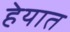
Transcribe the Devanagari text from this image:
हेयात